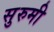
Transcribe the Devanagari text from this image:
सुरुमी